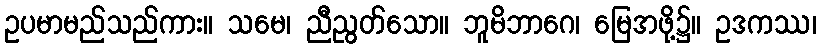
ဥပမာမည်သည်ကား။ သမေ၊ ညီညွတ်သော။ ဘူမိဘာဂေ၊ မြေအဖို့၌။ ဥဒကဿ၊